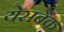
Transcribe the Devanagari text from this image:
येसबैंक